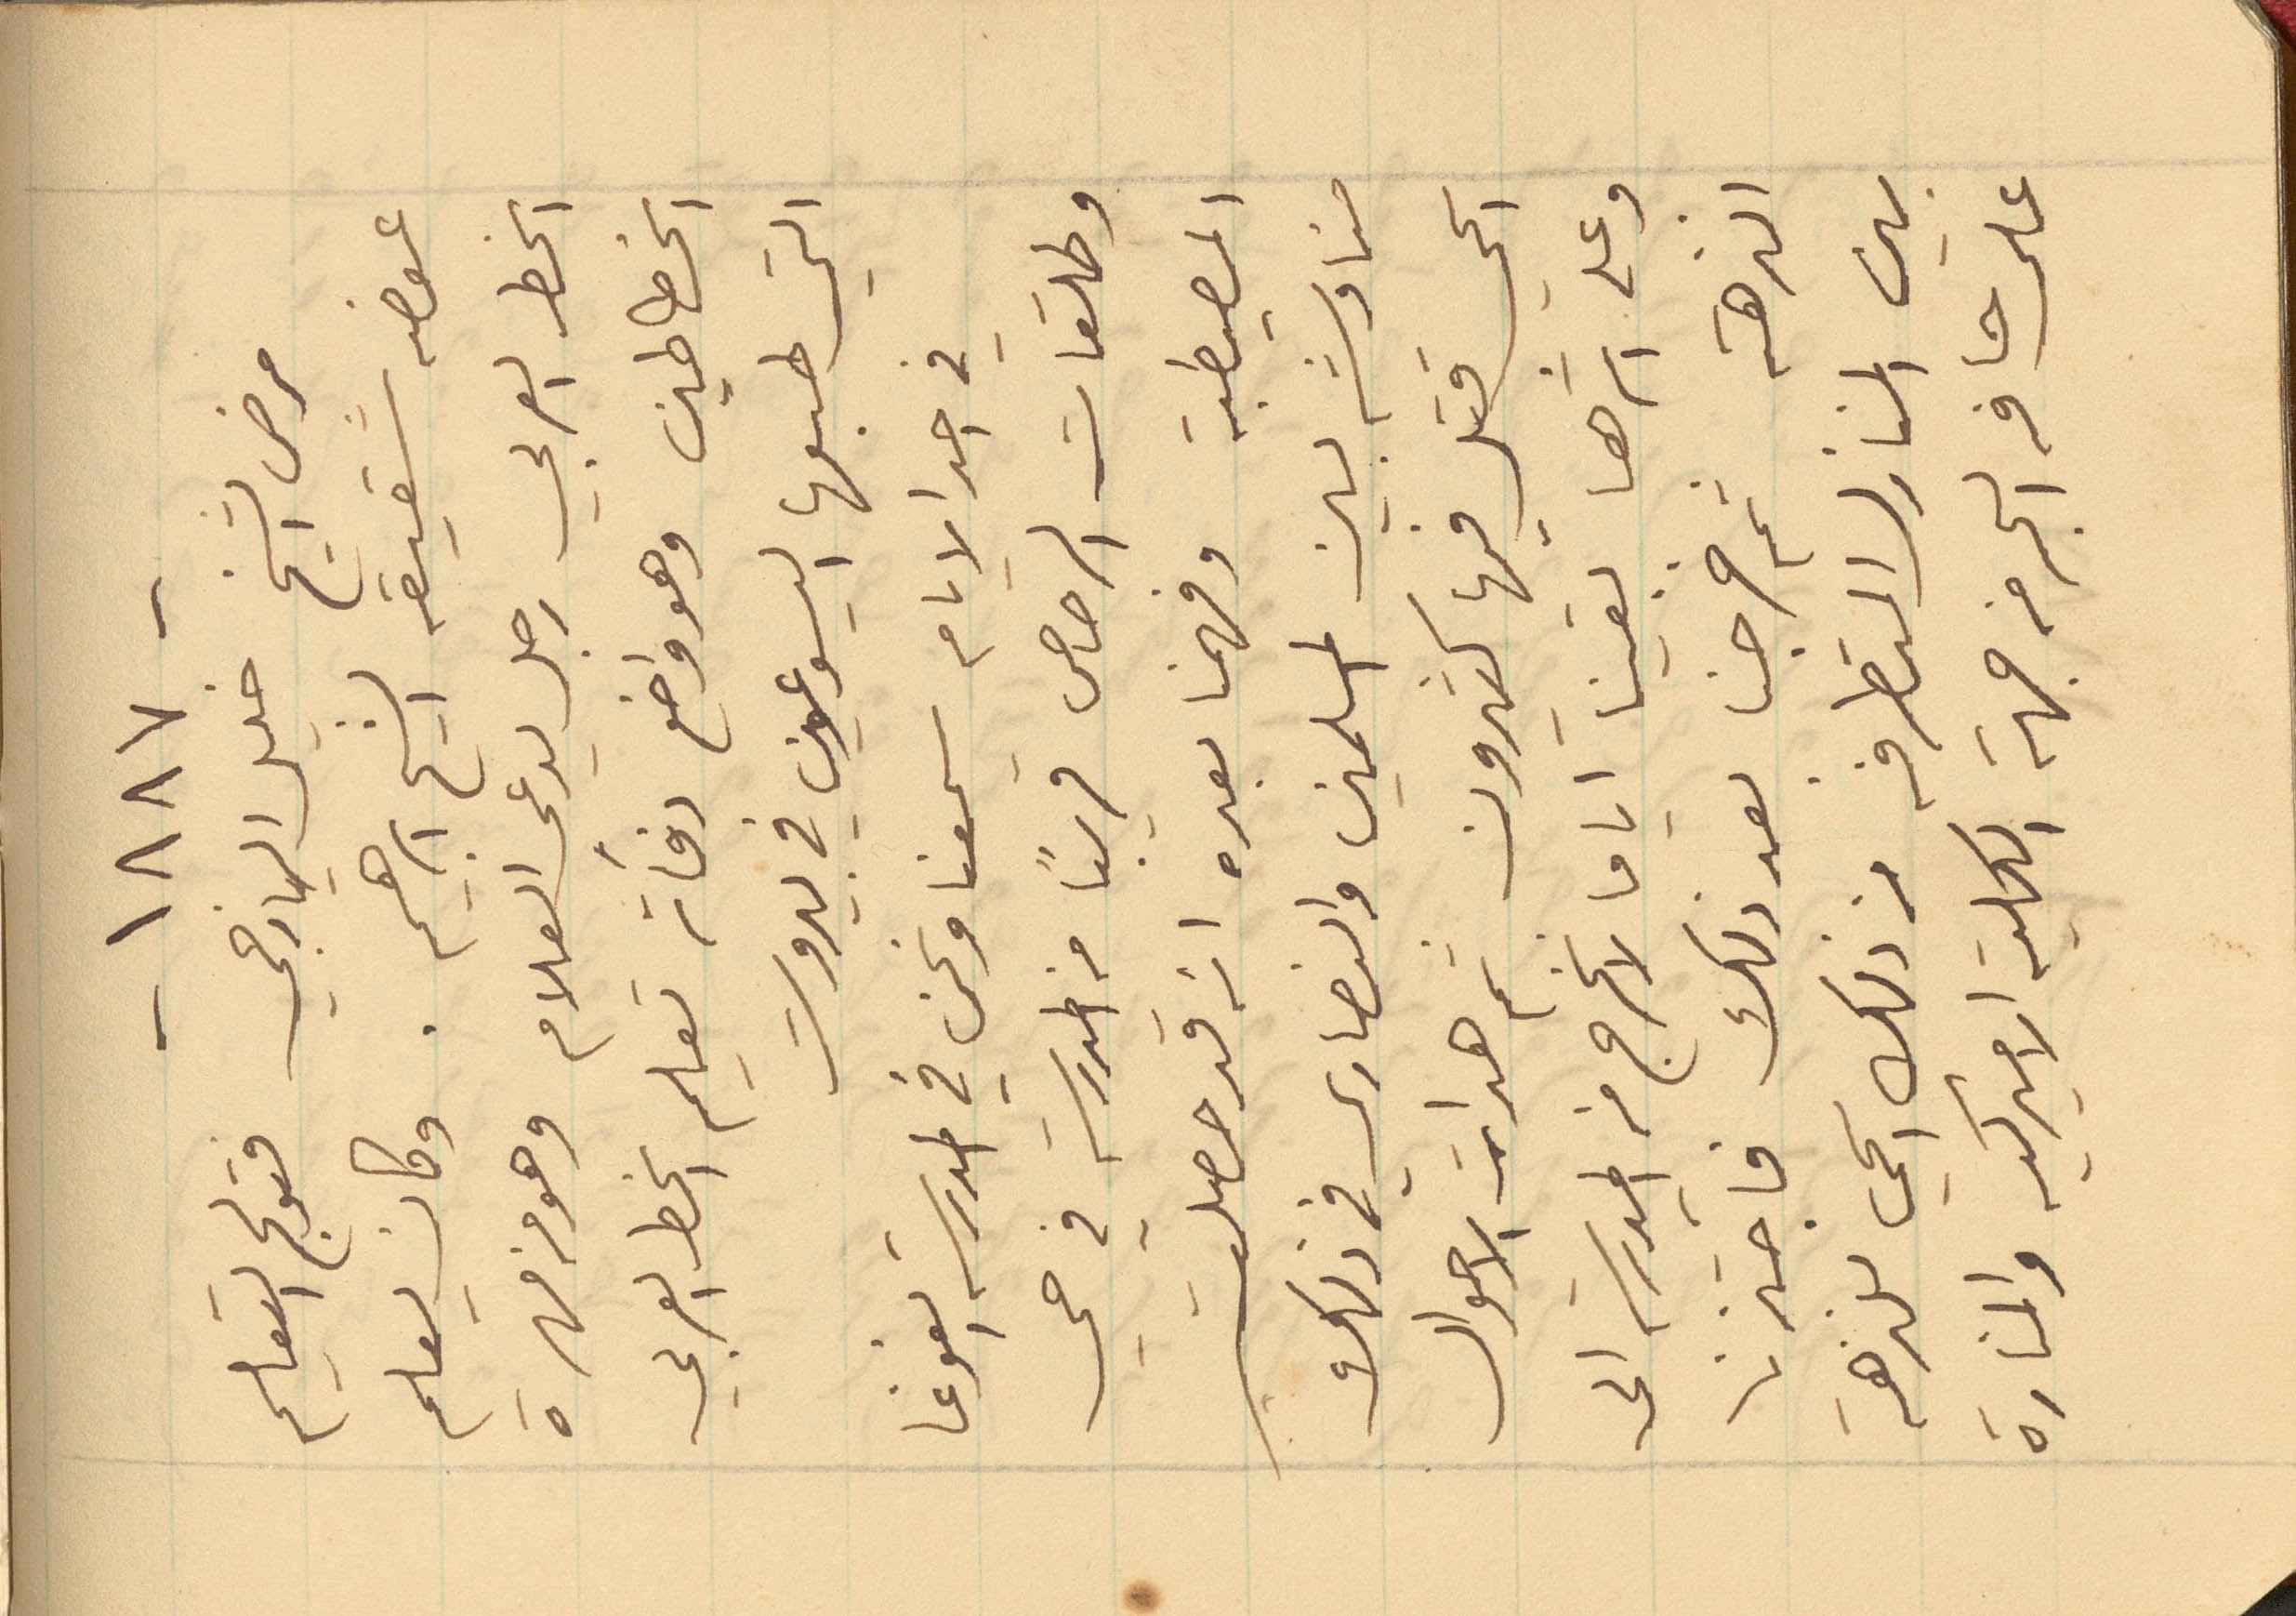
-١٨٨٧-
مرض الشيخ خليل اليازجي فتولى التعليم
عوضه شقيقه الشيخ ابراهيم. وكان يعلم
الخط العربي رجل يدعى العلام وهو من مهرة
الخطاطين وهو واضع دفاتر تعليم الخط العربي
التي طبعها اليسوعيون في بيروت
في احد الايام سمعنا ونحن في المدرسة الغوغا
وطلقات الرصاص قريباً من المدرسة في حي
المصيطبة وفهمنا بعده انه قد حصلت
مناوشه بين المسلمين والنصارى في ذلك
الحي قتل فيها كثيرون ثم هدات الاحوال
وعلى اثرها بقينا اياما لا نخرج من المدرسة الى
النزهة ثم خرجنا بعد ذلك فاجتزنا
بين المنازل المتطرفه من ذلك الحي للنزهة
على حافه البحر من جهة الكلية الاميركية والمنارة